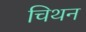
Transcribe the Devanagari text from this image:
चिथन